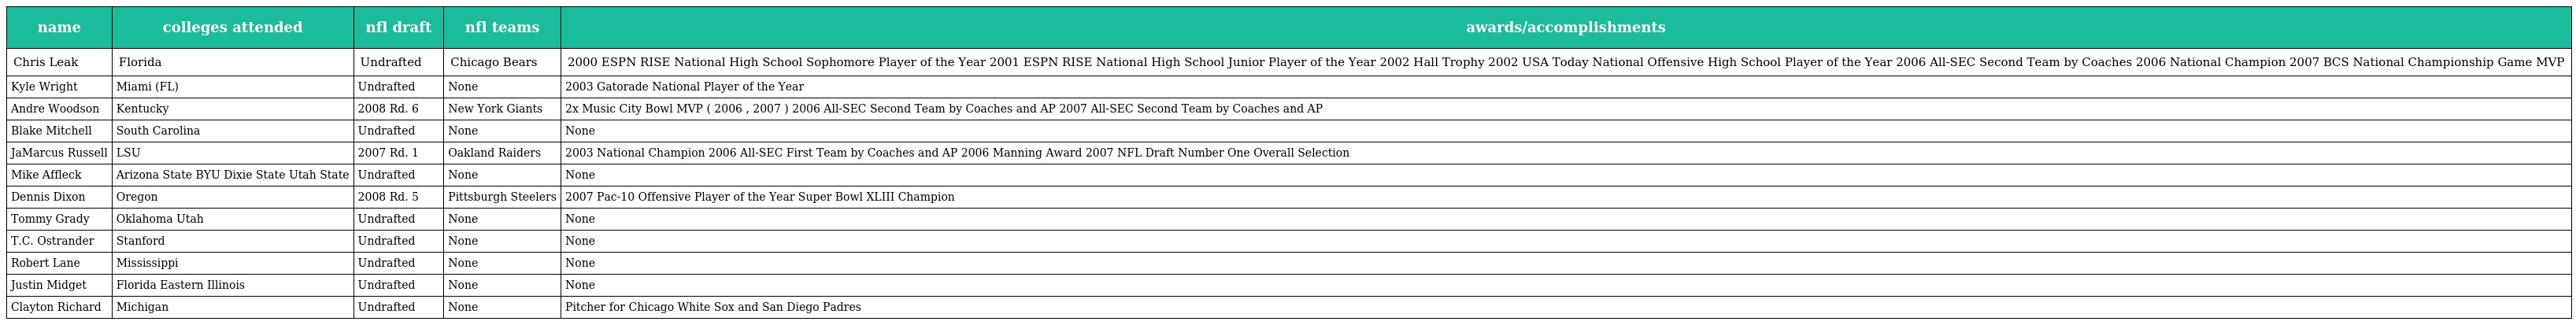
| name | colleges attended | nfl draft | nfl teams | awards/accomplishments |
 | --- | --- | --- | --- | --- |
 | Chris Leak | Florida | Undrafted | Chicago Bears | 2000 ESPN RISE National High School Sophomore Player of the Year 2001 ESPN RISE National High School Junior Player of the Year 2002 Hall Trophy 2002 USA Today National Offensive High School Player of the Year 2006 All-SEC Second Team by Coaches 2006 National Champion 2007 BCS National Championship Game MVP |
 | Kyle Wright | Miami (FL) | Undrafted | None | 2003 Gatorade National Player of the Year |
 | Andre Woodson | Kentucky | 2008 Rd. 6 | New York Giants | 2x Music City Bowl MVP ( 2006 , 2007 ) 2006 All-SEC Second Team by Coaches and AP 2007 All-SEC Second Team by Coaches and AP |
 | Blake Mitchell | South Carolina | Undrafted | None | None |
 | JaMarcus Russell | LSU | 2007 Rd. 1 | Oakland Raiders | 2003 National Champion 2006 All-SEC First Team by Coaches and AP 2006 Manning Award 2007 NFL Draft Number One Overall Selection |
 | Mike Affleck | Arizona State BYU Dixie State Utah State | Undrafted | None | None |
 | Dennis Dixon | Oregon | 2008 Rd. 5 | Pittsburgh Steelers | 2007 Pac-10 Offensive Player of the Year Super Bowl XLIII Champion |
 | Tommy Grady | Oklahoma Utah | Undrafted | None | None |
 | T.C. Ostrander | Stanford | Undrafted | None | None |
 | Robert Lane | Mississippi | Undrafted | None | None |
 | Justin Midget | Florida Eastern Illinois | Undrafted | None | None |
 | Clayton Richard | Michigan | Undrafted | None | Pitcher for Chicago White Sox and San Diego Padres |